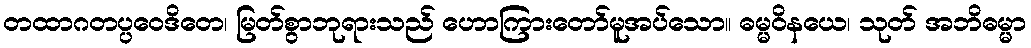
တထာဂတပ္ပဝေဒိတေ၊ မြတ်စွာဘုရားသည် ဟောကြားတော်မူအပ်သော။ ဓမ္မဝိနယေ၊ သုတ် အဘိဓမ္မာ